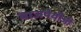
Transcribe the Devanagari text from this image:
वाजपेयीजी